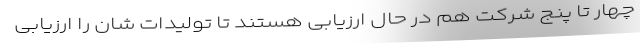
چهار تا پنج شرکت هم در حال ارزیابی هستند تا تولیدات شان را ارزیابی